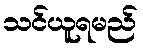
သင်ယူရမည်